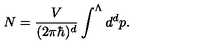
N = \frac { V } { ( 2 \pi \hbar ) ^ { d } } \int ^ { \Lambda } d ^ { d } p .